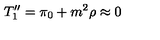
T _ { 1 } ^ { \prime \prime } = \pi _ { 0 } + m ^ { 2 } \rho \approx 0